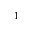
^ 1